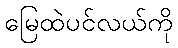
မြေထဲပင်လယ်ကို